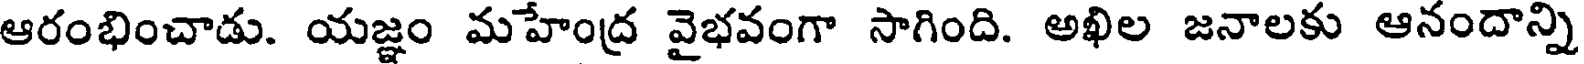
ఆరంభించాడు. యజ్ఞం మహేంద్ర వైభవంగా సాగింది. అఖిల జనాలకు ఆనందాన్ని